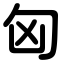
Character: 匈